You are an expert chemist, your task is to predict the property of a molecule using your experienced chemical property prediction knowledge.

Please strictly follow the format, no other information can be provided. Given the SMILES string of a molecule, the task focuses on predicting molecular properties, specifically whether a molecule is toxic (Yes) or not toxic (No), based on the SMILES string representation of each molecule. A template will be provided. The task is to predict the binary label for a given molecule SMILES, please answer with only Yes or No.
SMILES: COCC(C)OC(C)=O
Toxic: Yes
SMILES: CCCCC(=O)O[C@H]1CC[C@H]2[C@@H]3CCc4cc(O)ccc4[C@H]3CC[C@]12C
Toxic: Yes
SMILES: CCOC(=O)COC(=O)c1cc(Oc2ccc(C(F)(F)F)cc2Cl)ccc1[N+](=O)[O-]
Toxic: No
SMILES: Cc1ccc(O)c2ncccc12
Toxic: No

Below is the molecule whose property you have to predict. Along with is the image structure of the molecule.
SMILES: c1ccc2sc(SN3CCOCC3)nc2c1
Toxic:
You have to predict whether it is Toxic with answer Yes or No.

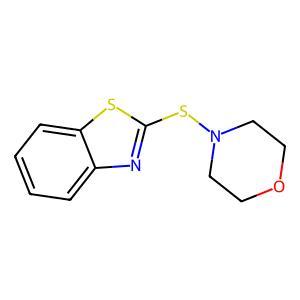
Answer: No